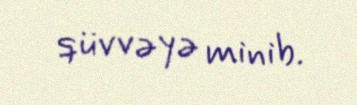
qüvvəyə minib.